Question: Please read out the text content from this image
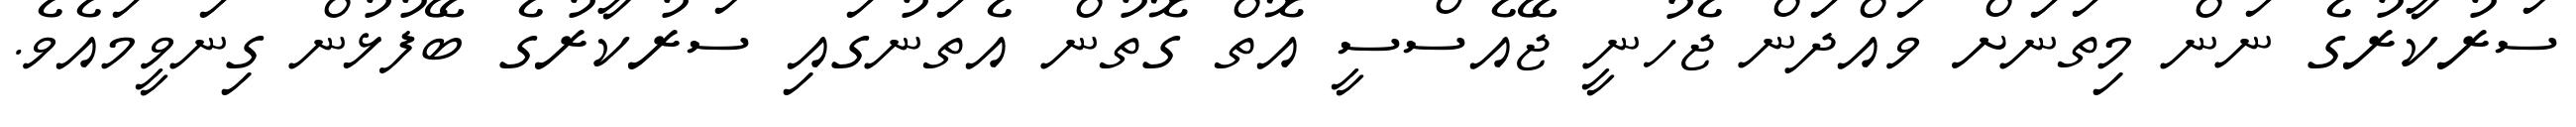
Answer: ސަރުކާރުގެ ނަން މިތަނަށް ވައްދަން ޖެހުނީ ޖޭއެސްސީ އޮތް ގޮތުން އެތަނުގައި ސަރުކާރުގެ ބޭފުޅުން ގިނަވީމައެވެ.